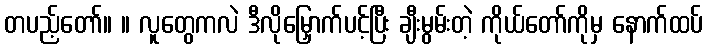
တပည့်တော်။ ။ လူတွေကလဲ ဒီလိုမြှောက်ပင့်ပြီး ချီးမွမ်းတဲ့ ကိုယ်တော်ကိုမှ နောက်ထပ်